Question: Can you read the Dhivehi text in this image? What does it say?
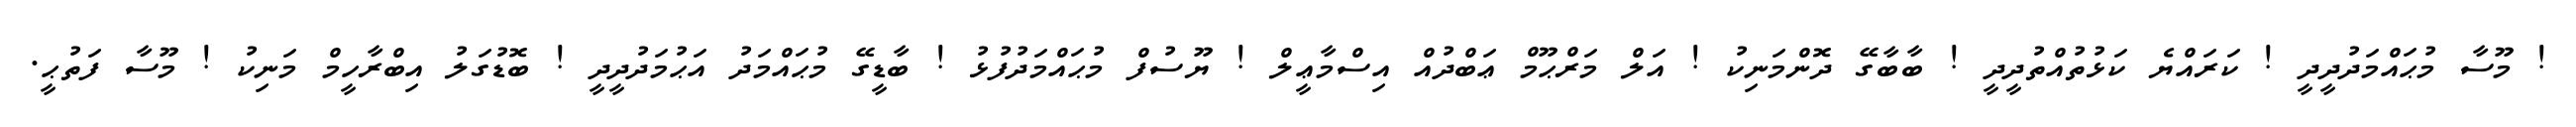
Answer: ! މޫސާ މުޙައްމަދުދީދީ ! ކަރައްޔެ ކަޅުތުއްތުދީދީ ! ބާބާގޭ ދޮންމަނިކު ! އަލް މަރްޙޫމް ޢަބްދުއް އިސްމާޢީލް ! ޔޫސުފް މުޙައްމަދުފުޅު ! ބާޑީގޭ މުޙައްމަދު އަޙުމަދުދީދީ ! ބޮޑުގަލު އިބްރާހީމް މަނިކު ! މޫސާ ފަތުޙީ.